Medical and sanitary report of the native army of Bengal for the year
Year: 1874
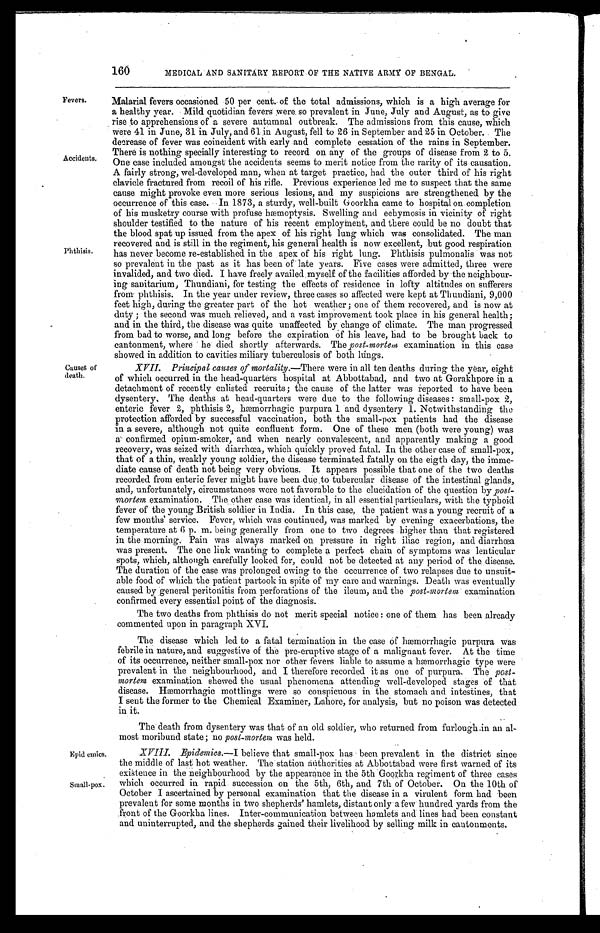
160
MEDICAL AND SANITARY REPORT OF THE NATIVE ARMY OF BENGAL.
Fevers.
Accidents.
Phthisis
Causes of
death.
Malarial fevers occasioned 50 per cent. of the total admissions, which is a high average for
a healthy year. Mild quotidian fevers were so prevalent in June, July and August, as to give
rise to apprehensions of a severe autumnal outbreak. The admissions from this cause, which
were 41 in June, 31 in July, and 61 in August, fell to 26 in September and 25 in October. The
decrease of fever was coincident with early and complete cessation of the rains in September.
There is nothing specially interesting to record on any of the groups of disease from 2 to 5.
One case included amongst the accidents seems to merit notice from the rarity of its causation.
A fairly strong, wel-developed man, when at target practice, had the outer third of his right
clavicle fractured from recoil of his rifle. Previous experience led me to suspect that the same
cause might provoke even more serious lesions, and my suspicions are strengthened by the
occurrence of this case. In 1873, a sturdy, well-built Goorkha came to hospital on completion
of his musketry course with profuse hæmoptysis. Swelling and echymosis in vicinity of right
shoulder testified to the nature of his recent employment, and there could be no doubt that
the blood spat up issued from the apex of his right lung which was consolidated. The man
recovered and is still in the regiment, his general health is now excellent, but good respiration
has never become re-established in the apex of his right lung. Phthisis pulmonalis was not
so prevalent in the past as it has been of late years. Five cases were admitted, three were
invalided, and two died. I have freely availed myself of the facilities afforded by the neighbour-
ing sanitarium, Thundiani, for testing the effects of residence in lofty altitudes on sufferers
from phthisis. In the year under review, three cases so affected were kept at Thundiani, 9,000
feet high, during the greater part of the hot weather ; one of them recovered, and is now at
duty ; the second was much relieved, and a vast improvement took place in his general health;
and in the third, the disease was quite unaffected by change of climate. The man progressed
from bad to worse, and long before the expiration of his leave, had to be brought back to
cantonment, where he died shortly afterwards. The post-mortem examination in this case
showed in addition to cavities miliary tuberculosis of both kings.
XVII. Principal causes of mortality.— There were in all ten deaths during the year, eight
of which occurred in the head-quarters hospital at Abbottabad, and two at Gorakhpore in a
detachment of recently enlisted recruits; the cause of the latter was reported to have been
dysentery. The deaths at head-quarters were due to the following diseases : small-pox 2,
enteric fever 2, phthisis 2, hæmorrhagic purpura 1 and dysentery 1. Notwithstanding the
protection afforded by successful vaccination, both the small-pox patients had the disease
in a severe, although not quite confluent form. One of these men (both were young) was
a confirmed opium-smoker, and when nearly convalescent, and apparently making a good
recovery, was seized with diarrhœa, which quickly proved fatal. In the other case of small-pox,
that of a thin, weakly young soldier, the disease terminated fatally on the eigth day, the imme-
diate cause of death not being very obvious. It appears possible that one of the two deaths
recorded from enteric fever might have been due to tubercular disease of the intestinal glands,
and, unfortunately, circumstances were not favorable to the elucidation of the question by post-
mortem examination. The other case was identical, in all essential particulars, with the typhoid
fever of the young British soldier in India. In this case, the patient was a young recruit of a
few months' service. Fever, which was continued, was marked by evening exacerbations, the
temperature at 6 p. m. being generally from one to two degrees higher than that registered
in the morning. Pain was always marked on pressure in right iliac region, and diarrhœa
was present. The one link wanting to complete a perfect chain of symptoms was lenticular
spots, which, although carefully looked for, could not be detected at any period of the disease.
The duration of the case was prolonged owing to the occurrence of two relapses due to unsuit-
able food of which the patient partook in spite of my care and warnings. Death was eventually
caused by general peritonitis from perforations of the ileum, and the post-mortem examination
confirmed every essential point of the diagnosis.
The two deaths from phthisis do not merit special notice : one of them has been already
commented upon in paragraph XVI.
The disease which led to a fatal termination in the case of hæmorrhagic purpura was
febrile in nature, and suggestive of the pre-eruptive stage of a malignant fever. At the time
of its occurrence, neither small-pox nor other fevers liable to assume a hæmorrhagic type were
prevalent in the neighbourhood, and I therefore recorded it as one of purpura. The post-
mortem examination shewed the usual phenomena attending well-developed stages of that
d i s e a s e . H æ m o r r h a g i c m o t t l i n g s w e r e s o c o n s p i c u o u s i n t h e s t o m a c h a n d i n t e s t i n e s , t h a t
I sent the former to the Chemical Examiner, Lahore, for analysis, but no poison was detected
in it.
The death from dysentery was that of an old soldier, who returned from furlough in an al-
most moribund state; no post-mortem was held.
Epid emics.
Small-pox.
XVIII. Epidemics.—I believe that small-pox has been prevalent in the district since
the middle of last hot weather. The station authorities at Abbottabad were first warned of its
existence in the neighbourhood by the appearance in the 5th Goorkha regiment of three cases
which occurred in rapid succession on the 5th, 6th, and 7th of October. On the 10th of
October I ascertained by personal examination that the disease in a virulent form had been
prevalent for some months in two shepherds' hamlets, distant only a few hundred yards from the
front of the Goorkha lines. Inter-communication between hamlets and lines had been constant
and uninterrupted, and the shepherds gained their livelihood by selling milk in cantonments.